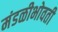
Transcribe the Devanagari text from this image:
मंडळीभोवती